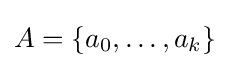
A=\{a_{0},\ldots ,a_{k}\}